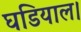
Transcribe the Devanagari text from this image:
घडियाल।